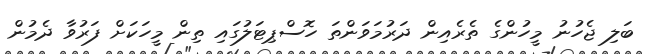
ބަލި ޖެހުނު މީހުންގެ ތެރެއިން ދަރުމަވަންތަ ހޮސްޕިޓަލުގައި ތިން މީހަކަށް ފަރުވާ ދެމުން